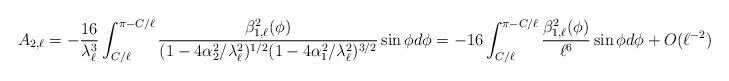
LaTeX: \begin{align*}A_{2,\ell }&=-\frac{16}{\lambda_{\ell}^3}\int_{C/\ell}^{\pi -C/\ell } \frac{\beta^2_{1,\ell}(\phi)}{(1-4 \alpha_2^2/\lambda_{\ell}^2)^{1/2} (1-4 \alpha_1^2/\lambda_{\ell}^2)^{3/2}} \sin \phi d \phi=-16 \int_{C/\ell}^{\pi -C/\ell} \frac{\beta^2_{1,\ell}(\phi)}{\ell^6} \sin \phi d \phi+O(\ell^{-2})=O(\ell^{-2}).\end{align*}